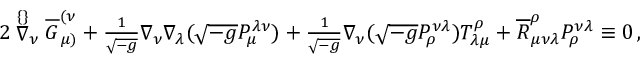
\begin{array} { r } { 2 \stackrel { \{ \} } { \nabla } _ { \nu } \overline { { G } } ^ { ( \nu } _ { \mu ) } + \frac { 1 } { \sqrt { - g } } \nabla _ { \nu } \nabla _ { \lambda } ( \sqrt { - g } P ^ { \lambda \nu } _ { \mu } ) + \frac { 1 } { \sqrt { - g } } \nabla _ { \nu } ( \sqrt { - g } P ^ { \nu \lambda } _ { \rho } ) T ^ { \rho } _ { \lambda \mu } + \overline { { R } } _ { \mu \nu \lambda } ^ { \rho } P ^ { \nu \lambda } _ { \rho } \equiv 0 \, , } \end{array}